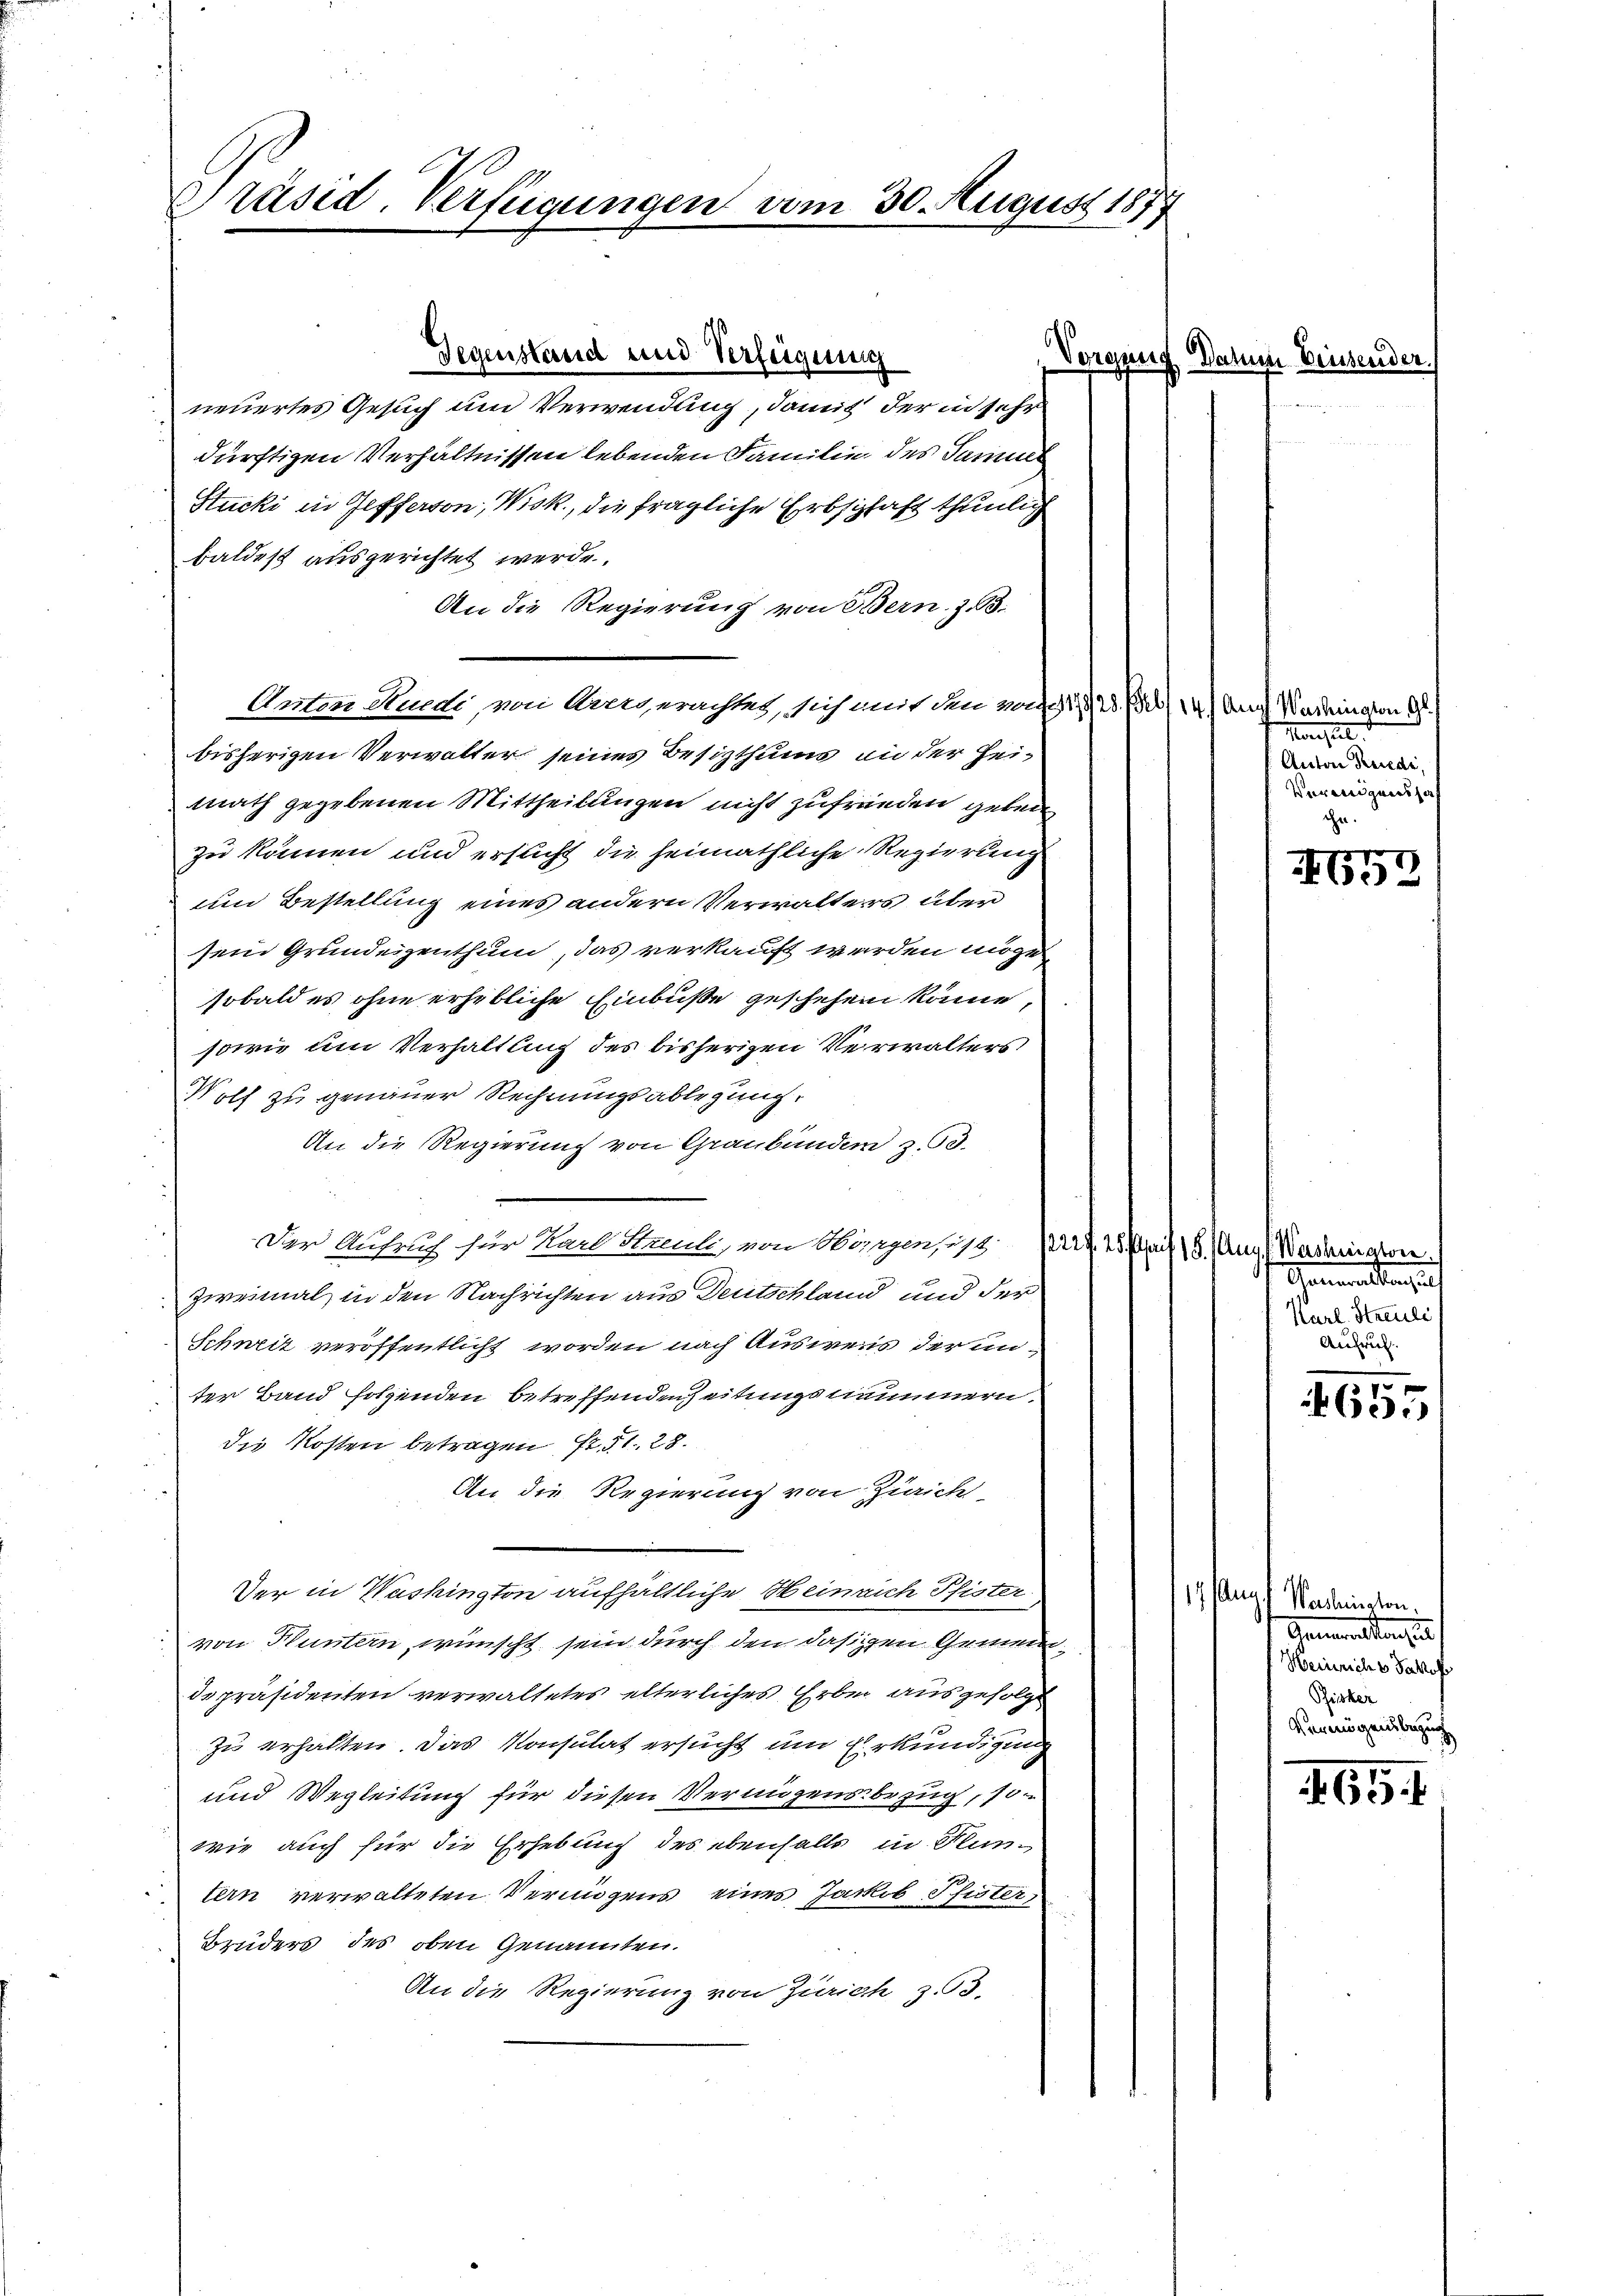
Gegenstand und Verfeignung
neuertes Gesuch um Verwendung, damit der in sehr
dürftigen Verhältnissen lebenden Familie des Samml
Stucki in Gefferson, Wisk., die fragliche Erbschaft thunlich
baldest ausgerichtet werde
An die Regierung von Bern. Z. 3.
Anton Studi, von Avergerachtes, sich mit den von 1128. Esel 14 Aug Washington G
bisherigen Verwalter seines Besizthums an der Heimath gegebenen Mittheilungen nicht zufrieden geben
zu können und ersucht die heimathliche Regierung
un Bestellung eines andern Verwalters über
sein Grundeigenthum, das verkauft werden mögen
sobald es ohne erhebliche Einbuße geschehen könne,
sowie um Verhaltung des bisherigen Verwalters
Wolf zu genauer Rechnungsablegung.
An die Regierung von Graubünden z. 53.
Der Aufruch für Karl Streuli, von Horgensis
Zweimal in den Nachrichten aus Deutschland und der
Schweit veröffentlicht worden nach Ausweis der anter Band folgenden betreffenden Zeitungsneumnern.
die Kosten betragen fr. 51. 28.
An die Regierung von Zürich
Ver in Washington aufhaltliche Heinrich Pfister
von Huntern, wünscht sein durch den dasigen Gemeindepräsidenten verwaltetes elterliches Erbe ausgefolgt
zu erhalten. Das Konsulat ersucht um Erkundigung
und Wegleitung für diesen Vermögensbezug, 10
wie auch für die Erhebung des ebenfalls in Stuntern verwalteten Vermögens eines Jackob Pfister
Bruders des oben Genannten.
An die Regierung von Zürich z. 93.

Präsid. Verfügungen vom 30. August 1877

Vorgens

Wahns

Marstel
Anton Beredi,
Vereinigenes haf

eissene

2
o

5. Aug. Washington
Ghenmatten auf
Karl. Streuli
Aufruch.

1
655

11. Aug. Vereinsten.
Antonalten is
Heinricht Jakob
Risker
Vermögensbezug

651